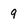
Character: 9